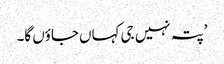
’پتہ نہیں جی کہاں جاؤں گا۔